65_HS1-834228961_62-HQ-83894_Section_6
Agency: FBI
Page 66
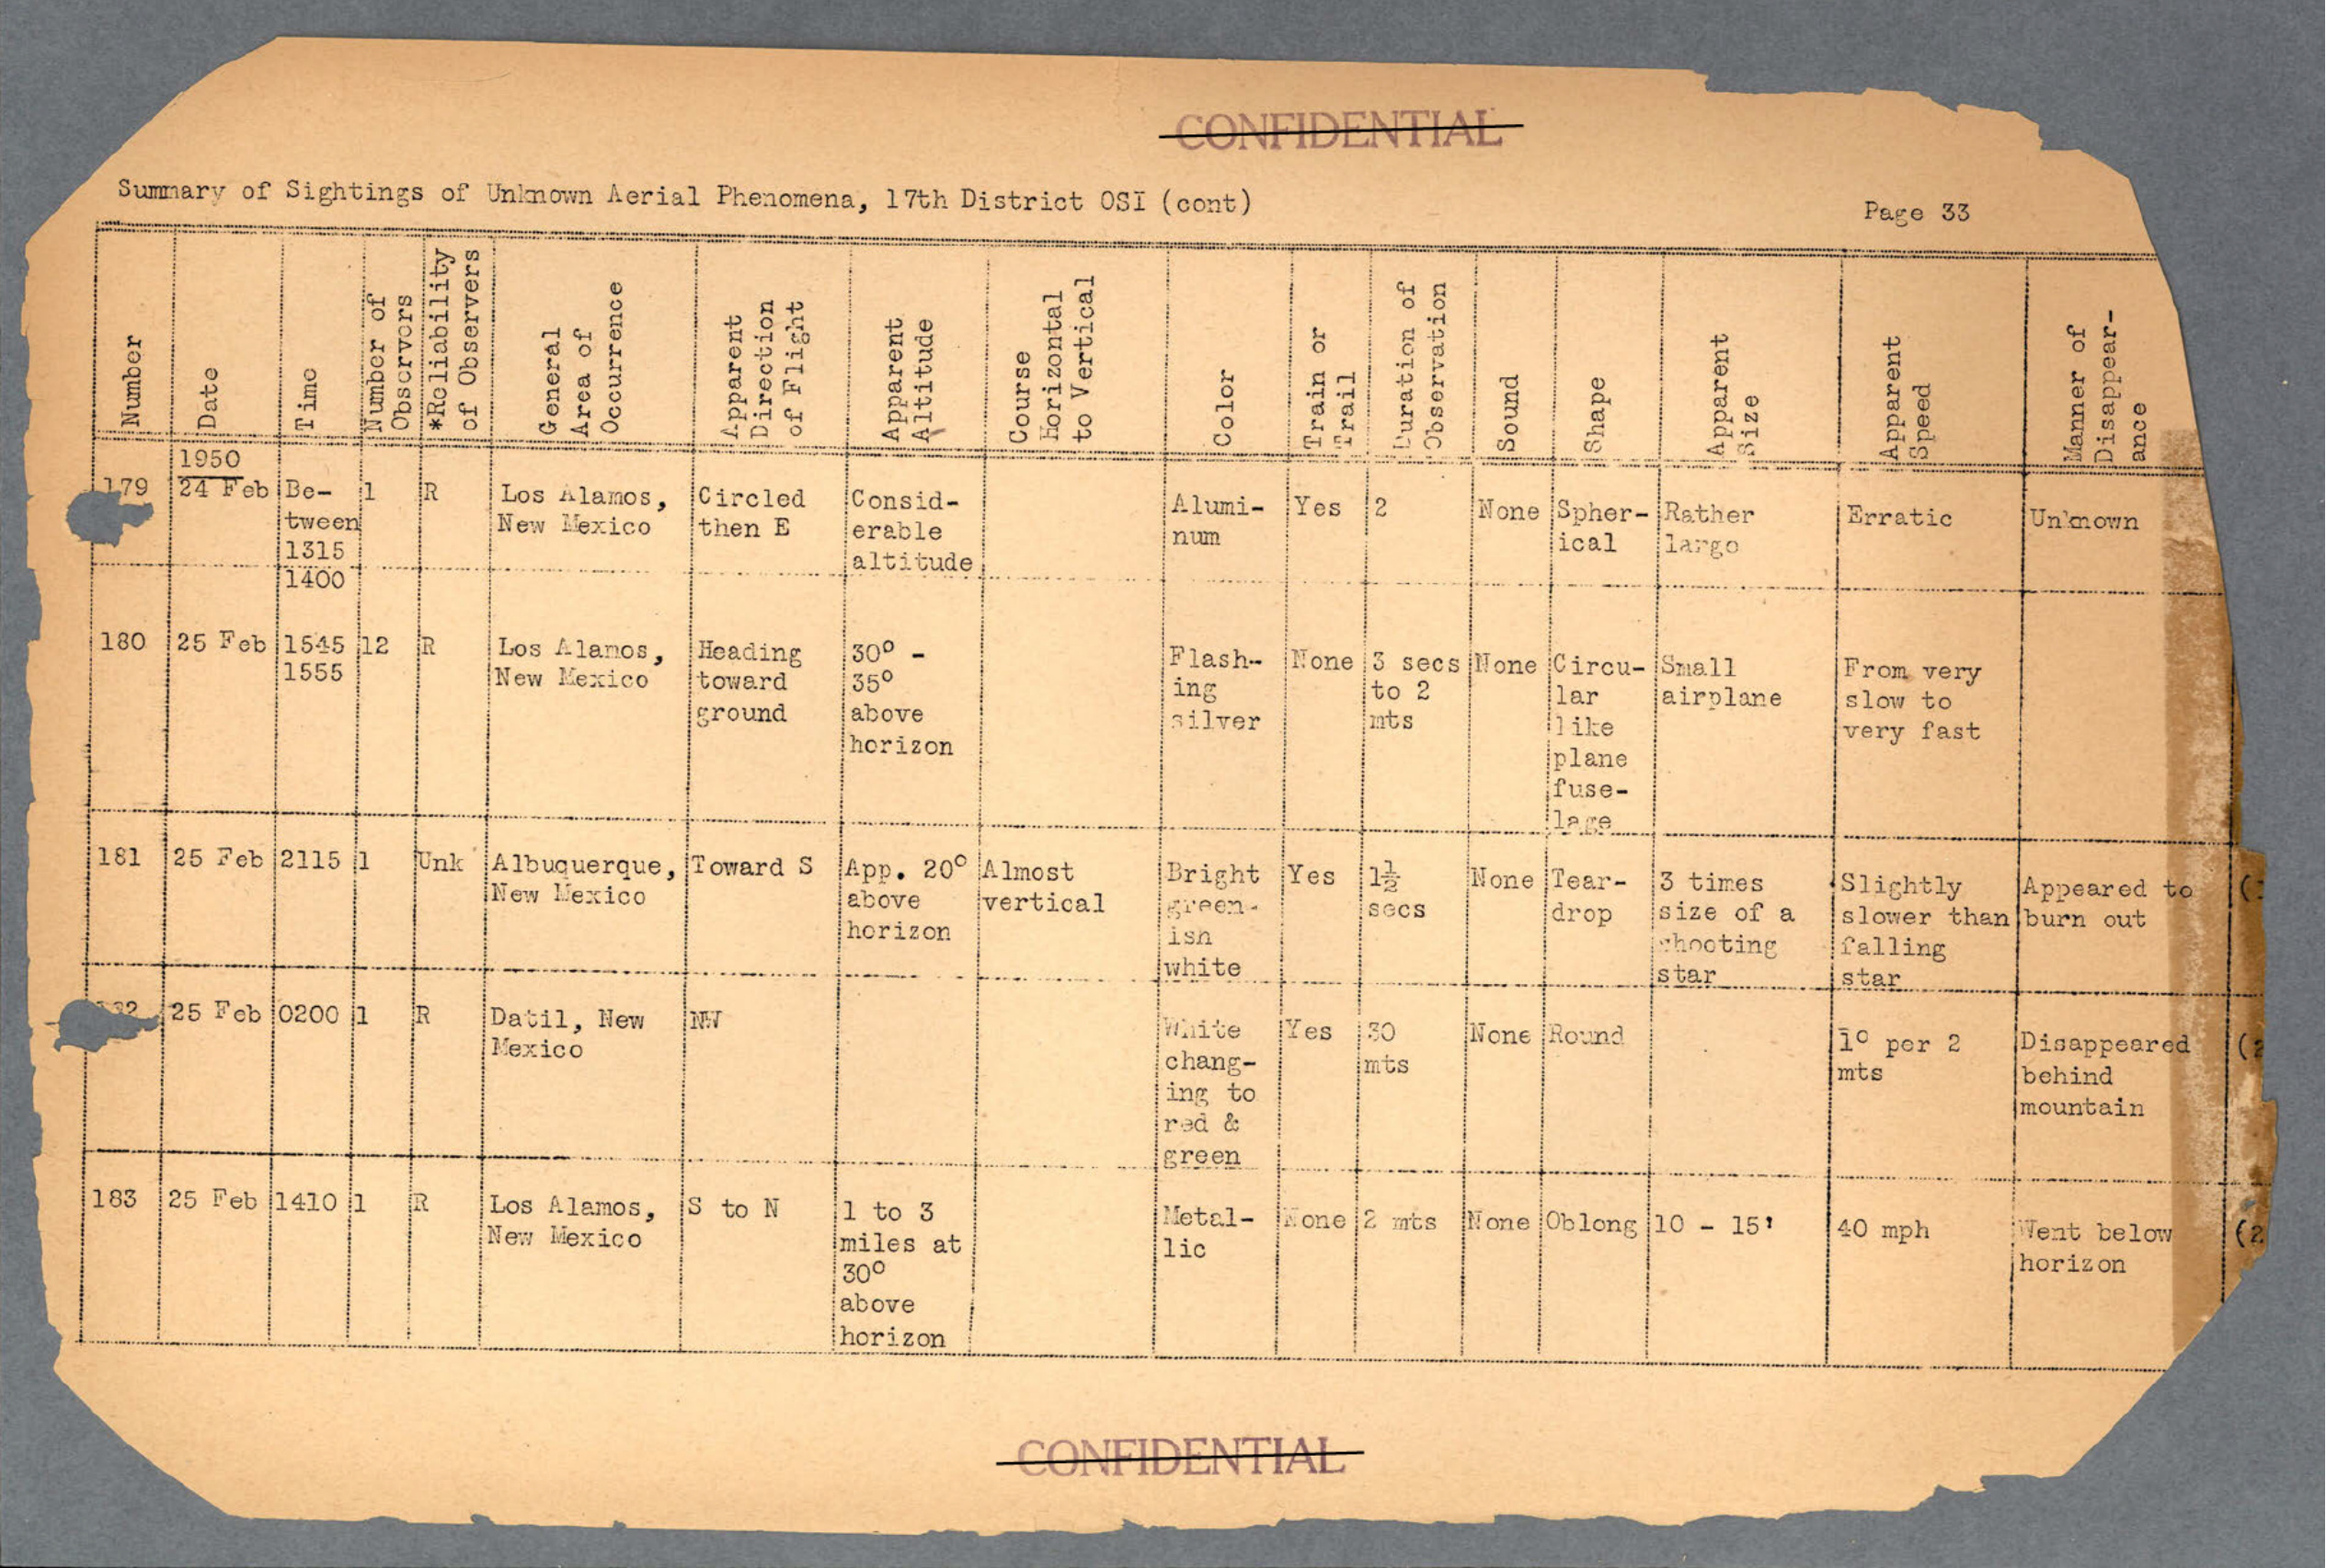